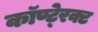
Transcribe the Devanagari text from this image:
कॉण्टे्रक्ट